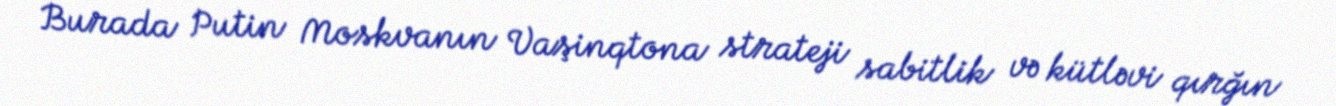
Burada Putin Moskvanın Vaşinqtona strateji sabitlik və kütləvi qırğın